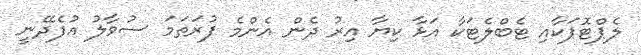
ލެޕްޓޮޕަކާއި ޓެބްލެޓަކާ އަޅާ ކިޔާ އިރު ދެން އެންމެ ފުރަތަމަ ސުވާލު އުފެދޭނީ